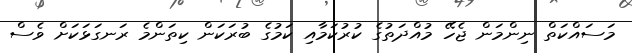
މަސައްކަތް ނިންމަން ޖެހޭ މުއްދަތުގެ ކުރުކަމާއި ކަމުގެ ބުރަކަން ކިތަންމެ ރަނގަޅަކަށް ވެސް